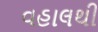
વહાલથી